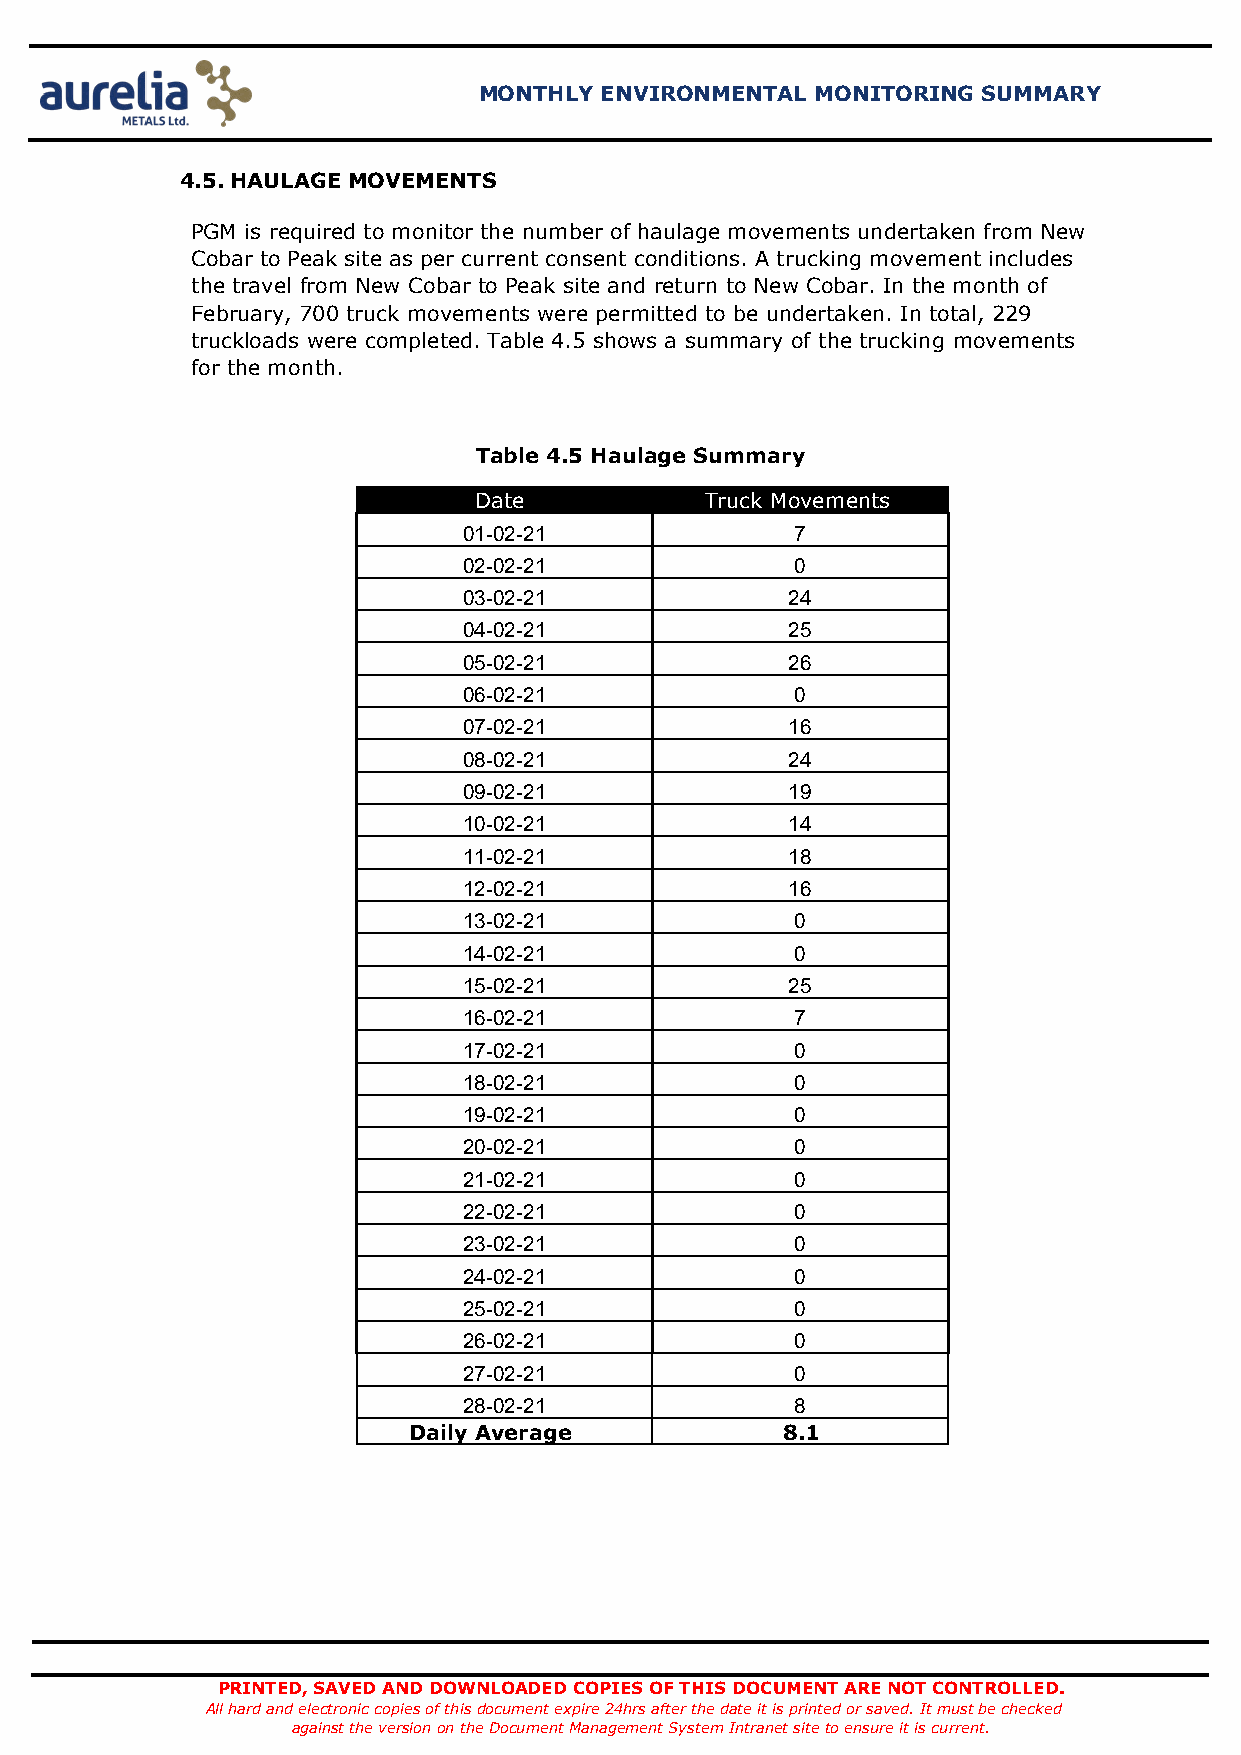
MONTHLY ENVIRONMENTAL MONITORING SUMMARY
 4.5. HAULAGE MOVEMENTS
 PGM is required to monitor the number of haulage movements undertaken from New
 Cobar to Peak site as per current consent conditions. A trucking movement includes
 the travel from New Cobar to Peak site and return to New Cobar. In the month of
 February, 700 truck movements were permitted to be undertaken. In total, 229
 truckloads were completed. Table 4.5 shows a summary of the trucking movements
 for the month.
 Table 4.5 Haulage Summary
 Date            Truck Movements
 01-02-21              7
 02-02-21              0
 03-02-21             24
 04-02-21             25
 05-02-21             26
 06-02-21              0
 07-02-21             16
 08-02-21             24
 09-02-21             19
 10-02-21             14
 11-02-21             18
 12-02-21             16
 13-02-21              0
 14-02-21              0
 15-02-21             25
 16-02-21              7
 17-02-21              0
 18-02-21              0
 19-02-21              0
 20-02-21              0
 21-02-21              0
 22-02-21              0
 23-02-21              0
 24-02-21              0
 25-02-21              0
 26-02-21              0
 27-02-21              0
 28-02-21              8
 Daily Average            8.1
 PRINTED, SAVED AND DOWNLOADED COPIES OF THIS DOCUMENT ARE NOT CONTROLLED.
 All hard and electronic copies of this document expire 24hrs after the date it is printed or saved. It must be checked
 against the version on the Document Management System Intranet site to ensure it is current.